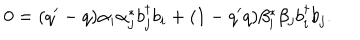
0 = ( q ^ { \prime } - q ) \alpha _ { i } \alpha _ { j } ^ { * } b _ { j } ^ { \dagger } b _ { i } + ( 1 - q ^ { \prime } q ) \beta _ { i } ^ { * } \beta _ { j } b _ { i } ^ { \dagger } b _ { j } .